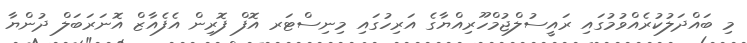
މި ބައްދަލުކުރެއްވުމުގައި ރައީސުލްޖުމްހޫރިއްޔާގެ އަރިހުގައި މިނިސްޓަރ އޮފް ފޮރިން އެފެއާޒް އޮނަރަބަލް ދުންޔާ